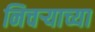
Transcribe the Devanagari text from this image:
निचर्‍याच्या